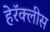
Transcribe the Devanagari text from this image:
हेरॅक्लीस